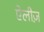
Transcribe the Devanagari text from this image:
ऐलीज़